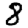
Digit: 8